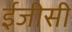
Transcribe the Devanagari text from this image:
ईजीसी